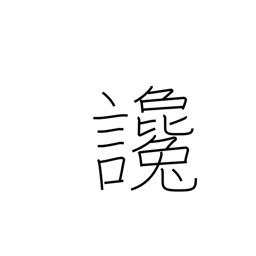
Meaning: defamation